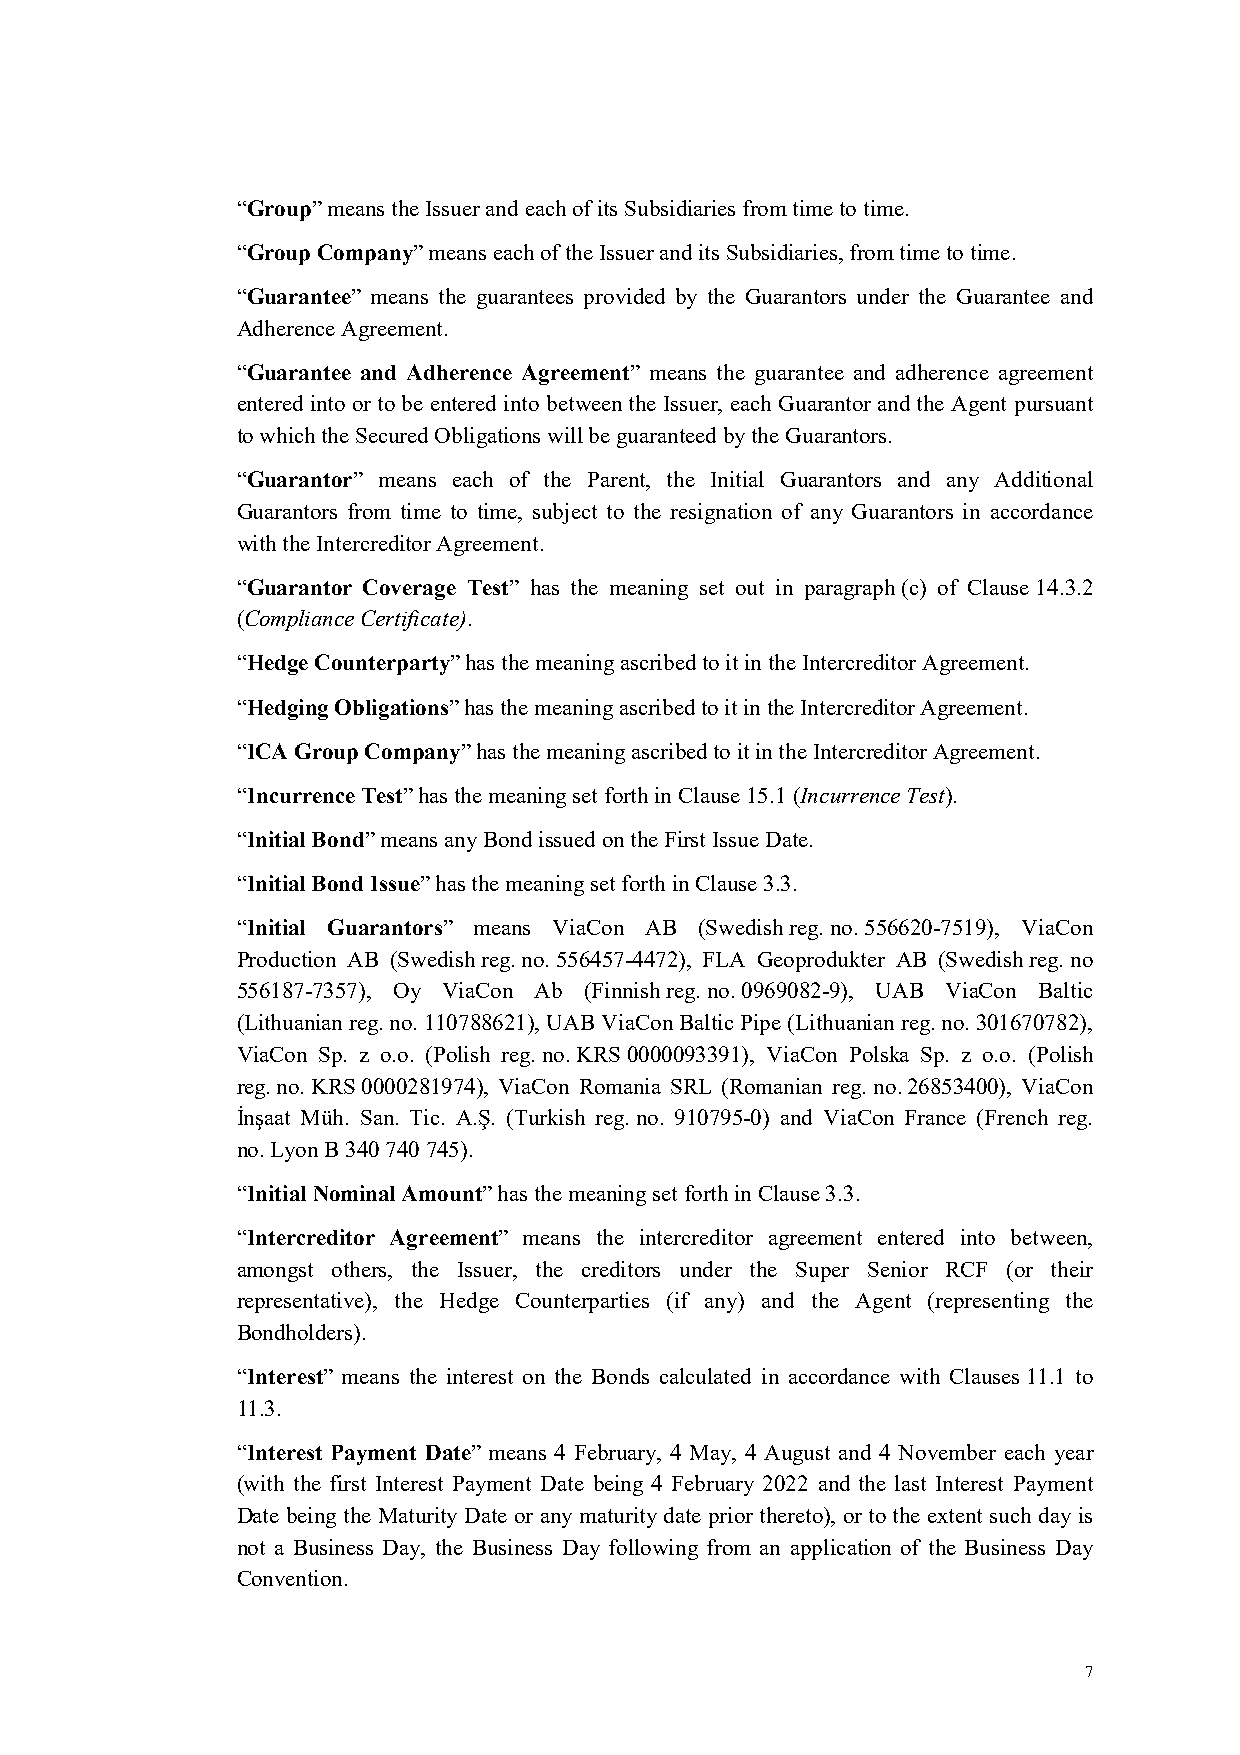
“Group” means the Issuer and each of its Subsidiaries from time to time.
 “Group Company” means each of the Issuer and its Subsidiaries, from time to time.
 “Guarantee” means the guarantees provided by the Guarantors under the Guarantee and
 Adherence Agreement.
 “Guarantee and Adherence Agreement” means the guarantee and adherence agreement
 entered into or to be entered into between the Issuer, each Guarantor and the Agent pursuant
 to which the Secured Obligations will be guaranteed by the Guarantors.
 “Guarantor” means each of the Parent, the Initial Guarantors and any Additional
 Guarantors from time to time, subject to the resignation of any Guarantors in accordance
 with the Intercreditor Agreement.
 “Guarantor Coverage Test” has the meaning set out in paragraph (c) of Clause 14.3.2
 (Compliance Certificate).
 “Hedge Counterparty” has the meaning ascribed to it in the Intercreditor Agreement.
 “Hedging Obligations” has the meaning ascribed to it in the Intercreditor Agreement.
 “ICA Group Company” has the meaning ascribed to it in the Intercreditor Agreement.
 “Incurrence Test” has the meaning set forth in Clause 15.1 (Incurrence Test).
 “Initial Bond” means any Bond issued on the First Issue Date.
 “Initial Bond Issue” has the meaning set forth in Clause 3.3.
 “Initial Guarantors” means ViaCon AB (Swedish reg. no. 556620-7519), ViaCon
 Production AB (Swedish reg. no. 556457-4472), FLA Geoprodukter AB (Swedish reg. no
 556187-7357), Oy ViaCon Ab (Finnish reg. no. 0969082-9), UAB ViaCon Baltic
 (Lithuanian reg. no. 110788621), UAB ViaCon Baltic Pipe (Lithuanian reg. no. 301670782),
 ViaCon Sp. z o.o. (Polish reg. no. KRS 0000093391), ViaCon Polska Sp. z o.o. (Polish
 reg. no. KRS 0000281974), ViaCon Romania SRL (Romanian reg. no. 26853400), ViaCon
 İnşaat Müh. San. Tic. A.Ş. (Turkish reg. no. 910795-0) and ViaCon France (French reg.
 no. Lyon B 340 740 745).
 “Initial Nominal Amount” has the meaning set forth in Clause 3.3.
 “Intercreditor Agreement” means the intercreditor agreement entered into between,
 amongst others, the Issuer, the creditors under the Super Senior RCF (or their
 representative), the Hedge Counterparties (if any) and the Agent (representing the
 Bondholders).
 “Interest” means the interest on the Bonds calculated in accordance with Clauses 11.1 to
 11.3.
 “Interest Payment Date” means 4 February, 4 May, 4 August and 4 November each year
 (with the first Interest Payment Date being 4 February 2022 and the last Interest Payment
 Date being the Maturity Date or any maturity date prior thereto), or to the extent such day is
 not a Business Day, the Business Day following from an application of the Business Day
 Convention.
 7